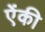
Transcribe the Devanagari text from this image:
ऐंकी